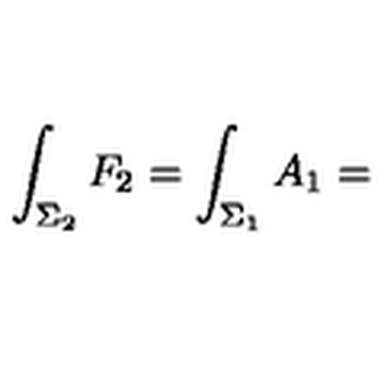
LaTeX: \int _ { \Sigma _ { 2 } } F _ { 2 } = \int _ { \Sigma _ { 1 } } A _ { 1 } =